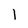
Character: 1